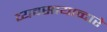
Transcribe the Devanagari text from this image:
व्यवसायाव्दारे